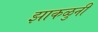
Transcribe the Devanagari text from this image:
झाकळुनी